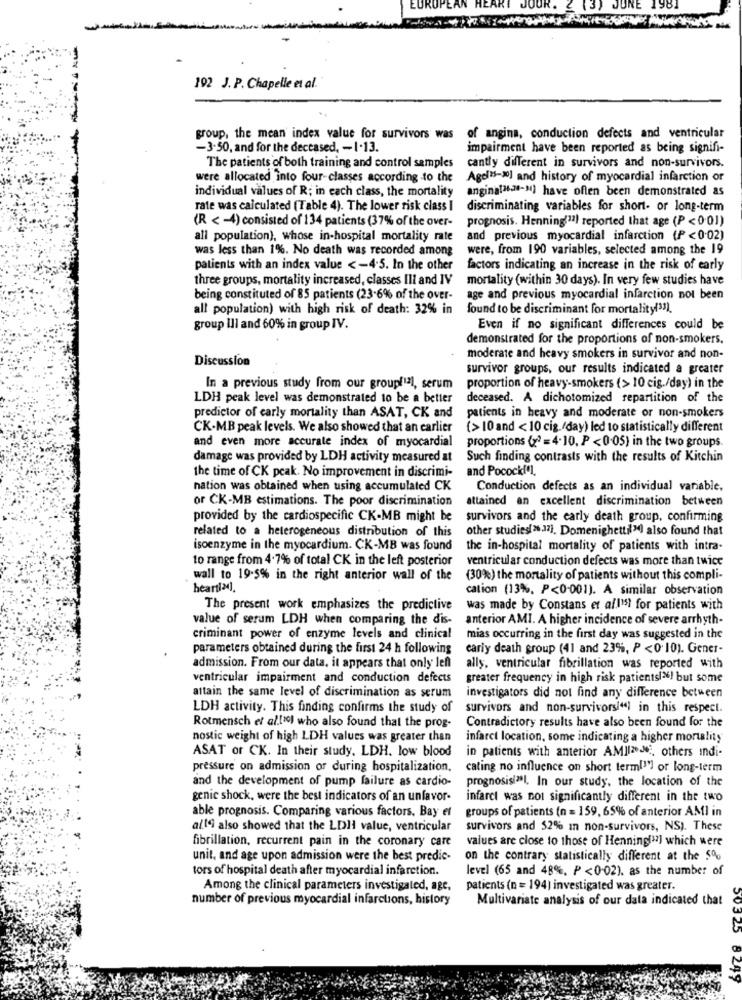
192 J. P. Chapelle et al.
group, the mean index value for survivors was of angina, conduction defects and ventricular
-3.50, and for the deceased, - 1-13.
impairment have been reported as being signifi-
The patients of both training and control samples
cantly different in survivors and non-survivors.
were allocated into four-classes according to the
Agel15-30] and history of myocardial infarction or
individual values of R; in each class, the mortality
angina(36-28-31) have often been demonstrated as
rate was calculated (Table 4). The lower risk class I
discriminating variables for short- or long-term
(R < - 4) consisted of 134 patients (37% of the over-
prognosis. Henning(11) reported that age (P < 0.01)
all population), whose in-hospital mortality rate
and previous myocardial infarction (P < 0.02)
was less than 1%. No death was recorded among
were, from 190 variables, selected among the 19
patients with an index value <- 4.5. In the other
factors indicating an increase in the risk of early
three groups, mortality increased, classes Ill and IV
mortality (within 30 days). In very few studies have
being constituted of 85 patients (23-6% of the over-
age and previous myocardial infarction not been
all population) with high risk of death: 32% in
found to be discriminant for mortality(33).
group Ill and 60% in group IV.
Even if no significant differences could be
demonstrated for the proportions of non-smokers.
Discussion
moderate and heavy smokers in survivor and non-
survivor groups, our results indicated a greater
In a previous study from our group("2], serum
proportion of heavy-smokers (> 10 cig./day) in the
LDH peak level was demonstrated to be a better
deceased. A dichotomized repartition of the
predictor of early mortality than ASAT, CK and
patients in heavy and moderate or non-smokers
CK-MB peak levels. We also showed that an earlier
{>10 and < 10 cig./day) led to statistically different
and even more accurate index of myocardial
proportions ( ?? = 4.10. P <0.05) in the two groups.
damage was provided by LDH activity measured at
Such finding contrasts with the results of Kitchin
the time of CK peak. No improvement in discrimi-
and Pocockf'],
nation was obtained when using accumulated CK
Conduction defects as an individual variable,
or CK-MB estimations. The poor discrimination
attained an excellent discrimination between
provided by the cardiospecific CK-MB might be
survivors and the early death group, confirming
related to a heterogeneous distribution of this
other studies( >.17]. Domenighettil") also found that
isoenzyme in the myocardium. CK-MB was found
the in-hospital mortality of patients with intra-
to range from 4.7% of total CK in the left posterior
ventricular conduction defects was more than twice
wall to 19.5% in the right anterior wall of the
(30%) the mortality of patients without this compli-
hearti=].
cation (13%, P<0-001). A similar observation
The present work emphasizes the predictive
was made by Constans et all's) for patients with
value of serum LDH when comparing the dis-
anterior AMI. A higher incidence of severe arrhyth-
criminant power of enzyme levels and clinical
mias occurring in the first day was suggested in the
parameters obtained during the first 24 h following
cariy death group (41 and 23%, P <0.10). Gener-
admission. From our data, it appears that only left
ally, ventricular fibrillation was reported with
ventricular impairment and conduction defects
greater frequency in high risk patientsl"! but some
attain the same level of discrimination as serum
investigators did not find any difference between
LDH activity. This finding confirms the study of
survivors and non-survivors/") in this respect.
Contradictory results have also been found for the
Rotmensch et al.(30) who also found that the prog-
nostic weight of high LDH values was greater than
infarct location, some indicating a higher mortality
ASAT or CK. In their study. LDH. low blood
in patients with anterior AMIIn, others indi-
pressure on admission or during hospitalization.
cating no influence on short term!") or long-term
and the development of pump failure as cardio-
prognosis(28l. In our study, the location of the
genic shock, were the best indicators of an unfavor-
infarct was not significantly different in the two
able prognosis. Comparing various factors. Bay et
groups of patients (n = 159, 65% of anterior AMI in
al19 also showed that the LDII value, ventricular
survivors and 52% In non-survivors, NS). These
fibrillation, recurrent pain in the coronary care
values are close to those of Henning("7] which were
unit, and age upon admission were the best predic-
on the contrary statistically different at the 5%
tors of hospital death after myocardial infarction.
level (65 and 48%, P <0-02). as the number of
Among the clinical parameters investigated, age.
patients (n = 194) investigated was greater.
number of previous myocardial infarctions, history
Multivariate analysis of our data indicated that
50325
8297